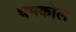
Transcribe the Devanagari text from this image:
चमकोल